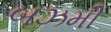
બઝમી